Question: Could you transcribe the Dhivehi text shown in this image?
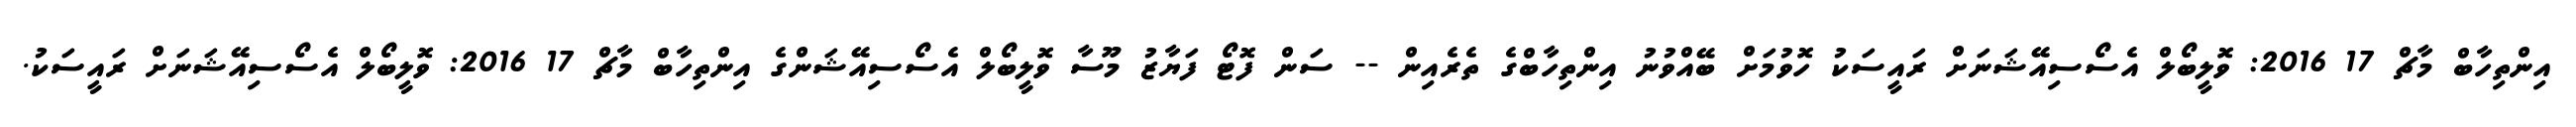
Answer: އިންތިހާބް މާޗް 17 2016: ވޮލީބޯލް އެސޯސިއޭޝަނަށް ރައީސަކު ހޮވުމަށް ބޭއްވުނު އިންތިހާބްގެ ތެރެއިން -- ސަން ފޮޓޯ ފަޔާޒު މޫސާ ވޮލީބޯލް އެސޯސިއޭޝަންގެ އިންތިހާބް މާޗް 17 2016: ވޮލީބޯލް އެސޯސިއޭޝަނަށް ރައީސަކު.